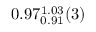
0 . 9 7 _ { 0 . 9 1 } ^ { 1 . 0 3 } ( 3 )